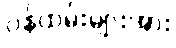
ဝန်ထမ်းများအား